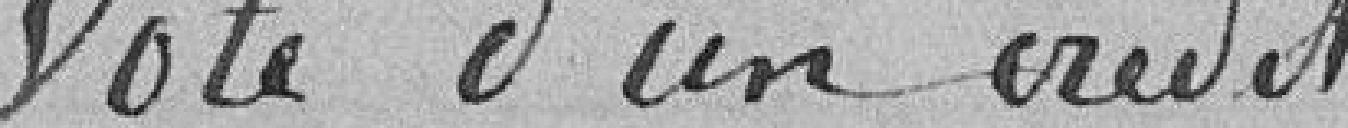
Dote d'un crédit